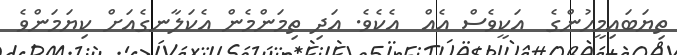
ތިޔަބައިމީހުންގެ  އަކީވެސް އެއް  އެކެވެ. އަދި ތިމަންމެން އެކަލާނގެއަށް ކިޔަމަންވެ